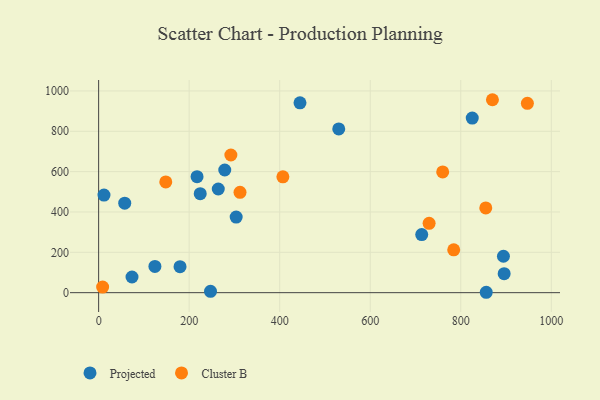
{"axis": {"x": "Price", "y": "Salary"}, "legend": ["Cluster B", "Projected"], "data": [{"x": "179.8", "y": 128.8, "type": "Projected"}, {"x": "217.4", "y": 575.0, "type": "Projected"}, {"x": "303.8", "y": 374.5, "type": "Projected"}, {"x": "530.4", "y": 811.5, "type": "Projected"}, {"x": "895.8", "y": 94.0, "type": "Projected"}, {"x": "57.6", "y": 443.8, "type": "Projected"}, {"x": "124.3", "y": 130.2, "type": "Projected"}, {"x": "894.2", "y": 180.4, "type": "Projected"}, {"x": "11.8", "y": 483.6, "type": "Projected"}, {"x": "278.6", "y": 608.0, "type": "Projected"}, {"x": "825.3", "y": 865.3, "type": "Projected"}, {"x": "224.4", "y": 490.5, "type": "Projected"}, {"x": "856.2", "y": 1.9, "type": "Projected"}, {"x": "713.7", "y": 287.9, "type": "Projected"}, {"x": "247.1", "y": 6.6, "type": "Projected"}, {"x": "444.8", "y": 941.1, "type": "Projected"}, {"x": "73.7", "y": 77.7, "type": "Projected"}, {"x": "264.3", "y": 514.0, "type": "Projected"}, {"x": "148.3", "y": 548.8, "type": "Cluster B"}, {"x": "855.2", "y": 420.0, "type": "Cluster B"}, {"x": "760.0", "y": 598.8, "type": "Cluster B"}, {"x": "312.3", "y": 497.6, "type": "Cluster B"}, {"x": "8.8", "y": 27.9, "type": "Cluster B"}, {"x": "947.1", "y": 938.7, "type": "Cluster B"}, {"x": "407.0", "y": 574.1, "type": "Cluster B"}, {"x": "730.0", "y": 343.8, "type": "Cluster B"}, {"x": "292.1", "y": 682.4, "type": "Cluster B"}, {"x": "784.4", "y": 212.4, "type": "Cluster B"}, {"x": "869.9", "y": 956.5, "type": "Cluster B"}]}